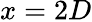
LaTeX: x=2D